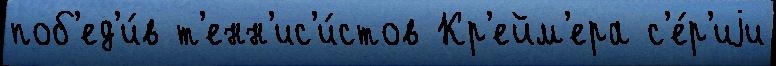
поб'ед'и́в т'енн'ис'и́стов Кр'ейм'ера с'е́р'иjи